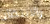
والانتظار